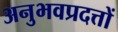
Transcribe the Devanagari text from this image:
अनुभवप्रदत्तों